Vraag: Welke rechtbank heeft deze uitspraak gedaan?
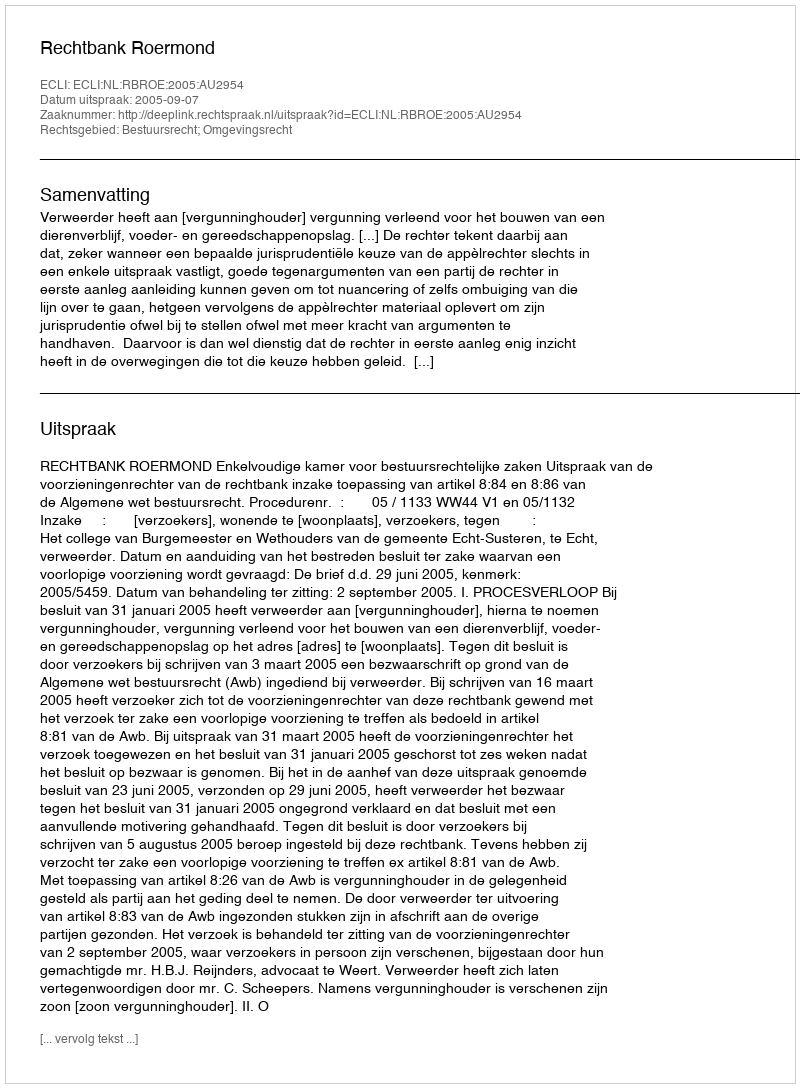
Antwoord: Rechtbank Roermond